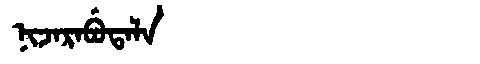
Manchu: ᠨᡳᠵᠠᡵᠠᠪᡠᡨᠠᠯᠠ
Romanization: NIJARABUTALA